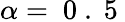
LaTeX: \alpha=\mathrm{~0~.~5~}